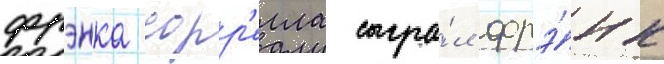
фрэнка сорр'елла сыгра́л фрэ́нк